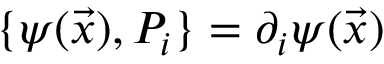
\{ \psi ( \vec { x } ) , P _ { i } \} = \partial _ { i } \psi ( \vec { x } )